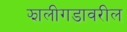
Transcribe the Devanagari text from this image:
झालीगडावरील